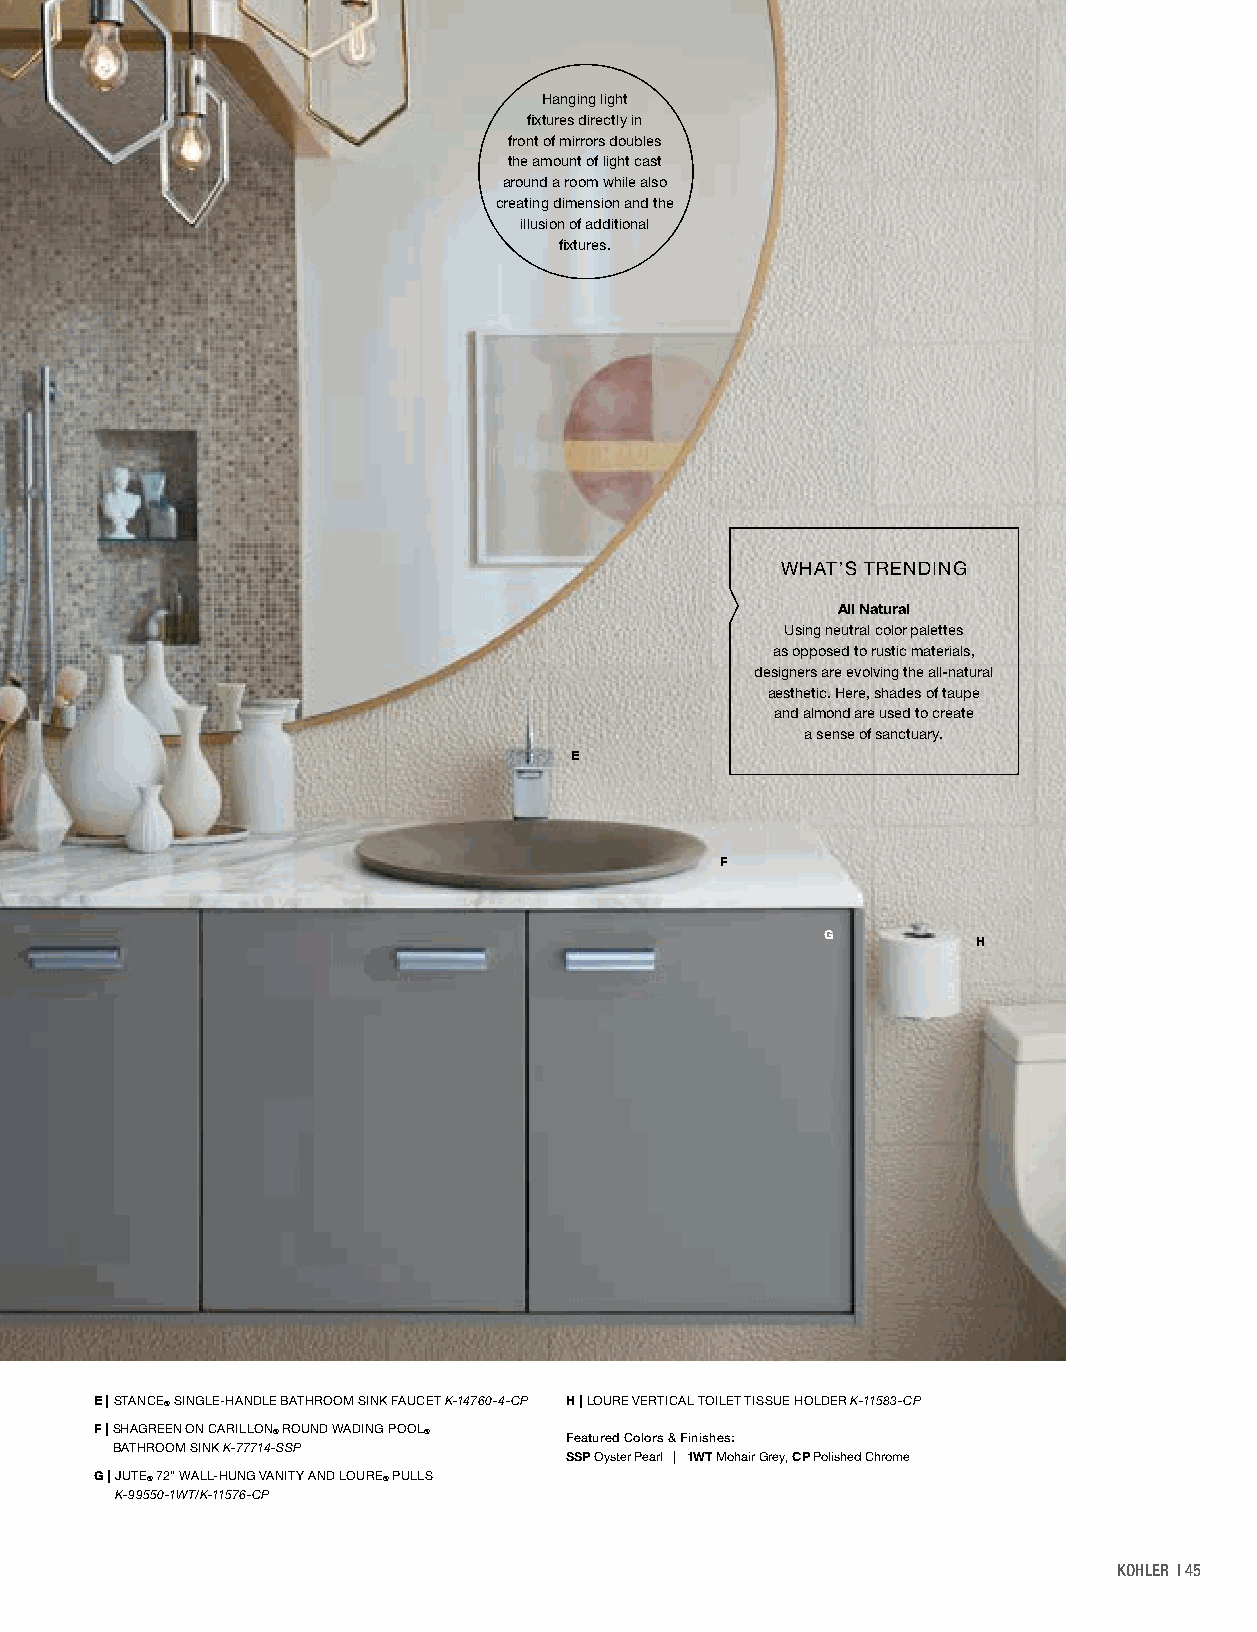
Hanging light
 fixtures directly in
 front of mirrors doubles
 the amount of light cast
 around a room while also
 creating dimension and the
 illusion of additional
 fixtures.
 WHAT’S TRENDING
 All Natural
 Using neutral color palettes
 as opposed to rustic materials,
 designers are evolving the all-natural
 aesthetic. Here, shades of taupe
 and almond are used to create
 a sense of sanctuary.
 E
 F
 G
 H
 E | STANCE® SINGLE-HANDLE BATHROOM SINK FAUCET K-14760-4-CP H | LOURE VERTICAL TOILET TISSUE HOLDER K-11583-CP
 F | SHAGREEN ON CARILLON® ROUND WADING POOL®
 Featured Colors & Finishes:
 BATHROOM SINK K-77714-SSP
 SSP Oyster Pearl | 1WT Mohair Grey, CP Polished Chrome
 G | J UTE® 72" WALL-HUNG VANITY AND LOURE® PULLS
 K-99550-1WT/K-11576-CP
 KOHLER | 45